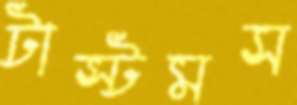
টাস্টমস